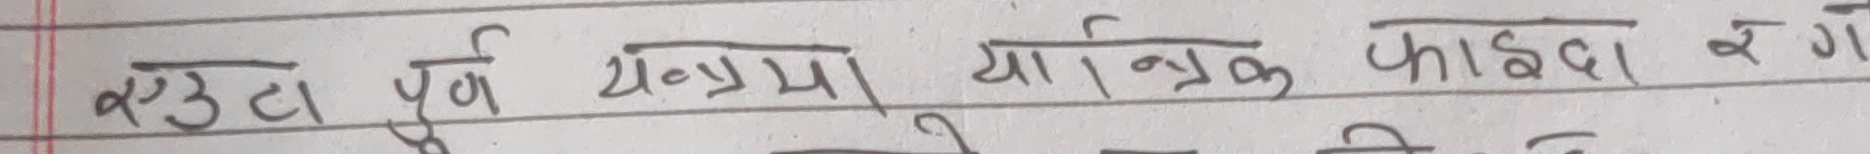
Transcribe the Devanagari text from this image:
एउटा पूर्ण यन्त्रमा यान्त्रिक फाइदा र ग